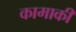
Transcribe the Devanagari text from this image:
कामाकी